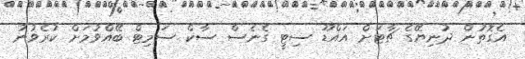
އެގޮތުން ދުނިޔޭގެ ޗާޓަށް އައްޑޫ ސިޓީ ގެނެސް ސާކް ސަމިޓް ބޭއްވުމަށް ކުރެވުނު